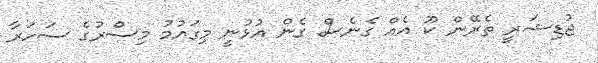
ޖުޑިޝަރީ ތެރޭން ކޫ އެއް ގެނެސް ގެން އުޅުނީ މިގައުމު މިސްރުގެ ސަހަރާ